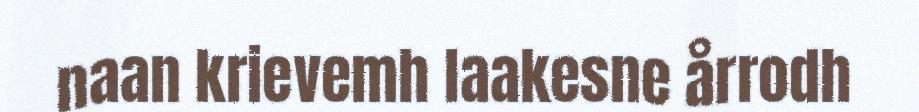
naan krievemh laakesne årrodh